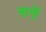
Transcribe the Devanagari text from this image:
रुपें